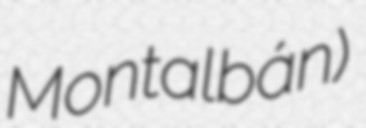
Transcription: Montalbán)